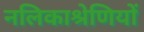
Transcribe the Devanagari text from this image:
नलिकाश्रेणियों